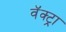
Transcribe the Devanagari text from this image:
वॅक्ट्रा